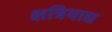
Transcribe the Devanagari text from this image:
क्षत्रियाद्य